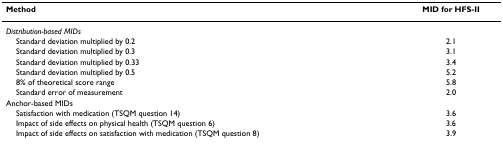
<table><thead><tr><td><b>Method</b></td><td><b>MID for HFS-II</b></td></tr></thead><tbody><tr><td><i>Distribution-based MIDs</i></td><td></td></tr><tr><td> Standard deviation multiplied by 0.2</td><td>2.1</td></tr><tr><td> Standard deviation multiplied by 0.3</td><td>3.1</td></tr><tr><td> Standard deviation multiplied by 0.33</td><td>3.4</td></tr><tr><td> Standard deviation multiplied by 0.5</td><td>5.2</td></tr><tr><td> 8% of theoretical score range</td><td>5.8</td></tr><tr><td> Standard error of measurement</td><td>2.0</td></tr><tr><td>Anchor-based MIDs</td><td></td></tr><tr><td> Satisfaction with medication (TSQM question 14)</td><td>3.6</td></tr><tr><td> Impact of side effects on physical health (TSQM question 6)</td><td>3.6</td></tr><tr><td> Impact of side effects on satisfaction with medication (TSQM question 8)</td><td>3.9</td></tr></tbody></table>